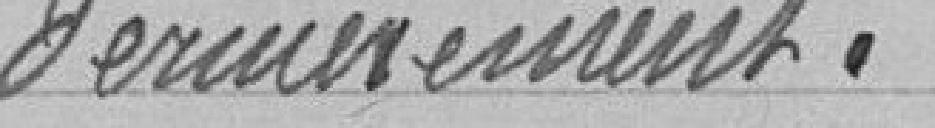
dernièrement.